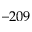
- 2 0 9